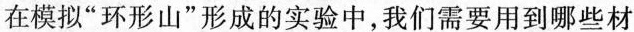
在模拟”环形山”形成的实验中，我们需要用到哪些材